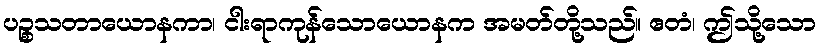
ပဉ္စသတာယောနကာ၊ ငါးရာကုန်သောယောနက အမတ်တို့သည်။ ဧတံ၊ ဤသို့သော